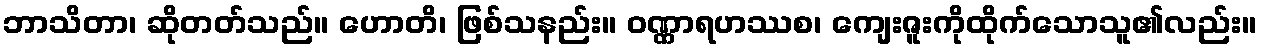
ဘာသိတာ၊ ဆိုတတ်သည်။ ဟောတိ၊ ဖြစ်သနည်း။ ဝဏ္ဏာရဟဿစ၊ ကျေးဇူးကိုထိုက်သောသူ၏လည်း။